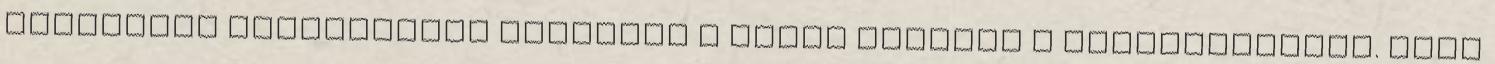
hátralévő futamidőben befizeti a szülő helyett a megtakarítást. Erre